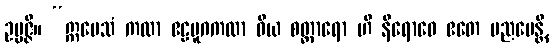
ဥပ္ပဇ္ဇိ။ “ဣမေသံ ကထာ ဧဠမူဂကထာ ဝိယ စတ္တာရော ဟိ နိရောဓေ ဧတေ ပညပေန္တိ,